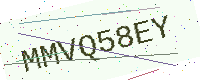
Text: MMVQ58EY